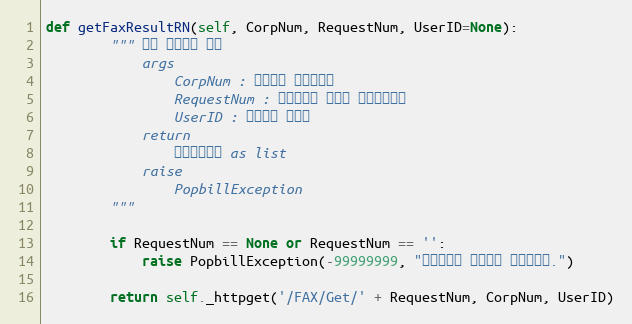
Language: Python
def getFaxResultRN(self, CorpNum, RequestNum, UserID=None):
        """ 팩스 전송결과 조회
            args
                CorpNum : 팝빌회원 사업자번호
                RequestNum : 전송요청시 할당한 전송요청번호
                UserID : 팝빌회원 아이디
            return
                팩스전송정보 as list
            raise
                PopbillException
        """

        if RequestNum == None or RequestNum == '':
            raise PopbillException(-99999999, "요청번호가 입력되지 않았습니다.")

        return self._httpget('/FAX/Get/' + RequestNum, CorpNum, UserID)